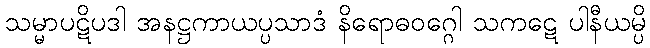
သမ္မာပဋိပဒါ အနဋ္ဌကာယပ္ပသာဒံ နိရောဓဝဂ္ဂေါ သကဋေ ပါနီယမ္ပိ